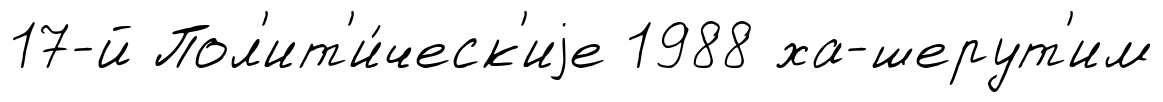
17-й Пол'ит'и́ческ'иjе 1988 ха-шерут'им